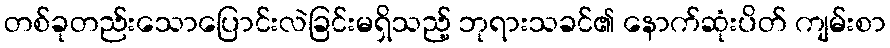
တစ်ခုတည်းသောပြောင်းလဲခြင်းမရှိသည့် ဘုရားသခင်၏ နောက်ဆုံးပိတ် ကျမ်းစာ